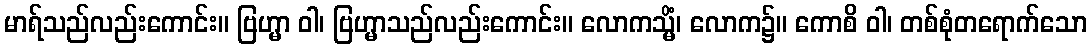
မာရ်သည်လည်းကောင်း။ ဗြဟ္မာ ဝါ၊ ဗြဟ္မာသည်လည်းကောင်း။ လောကသ္မိံ၊ လောက၌။ ကောစိ ဝါ၊ တစ်စုံတရောက်သော